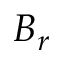
B _ { r }